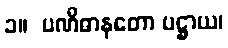
၁။  ပဏိဓာနတော ပဋ္ဌာယ၊